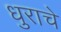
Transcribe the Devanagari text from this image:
धुराचे